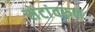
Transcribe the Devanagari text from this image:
सेंटांवरुन